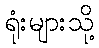
ရုံးများသို့